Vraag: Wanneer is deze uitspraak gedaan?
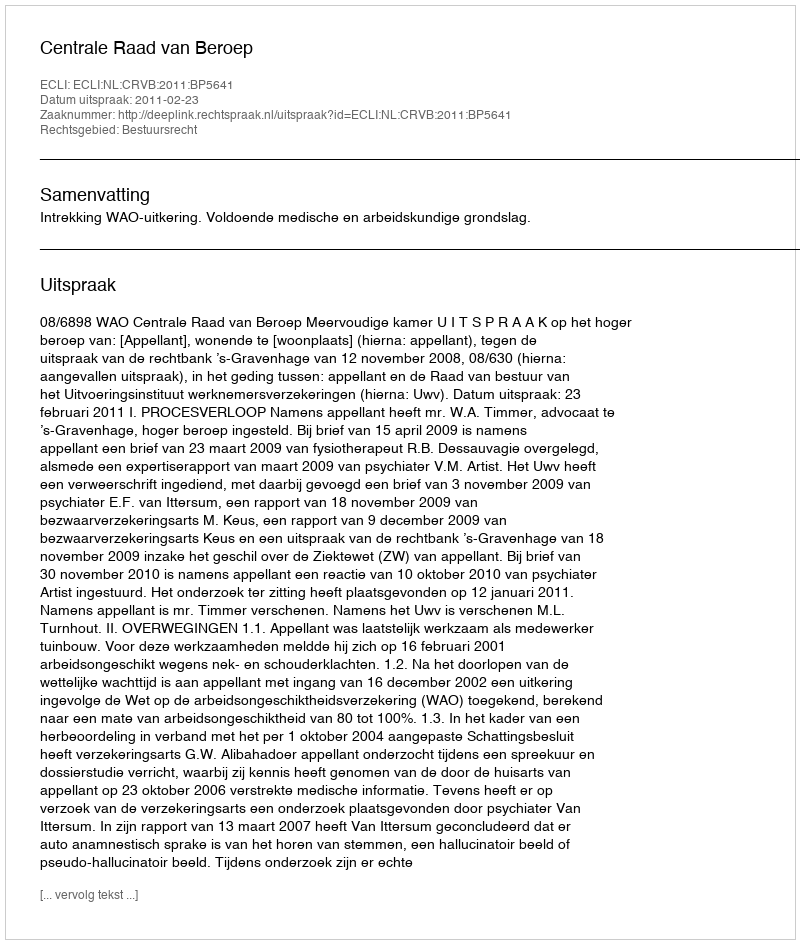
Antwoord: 2011-02-23